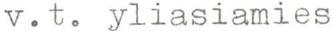
v.t. yliasiamies